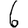
Digit: 6